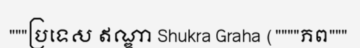
"""ប្រទេស ឥណ្ឌា Shukra Graha (""""ភព"""